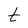
Character: t